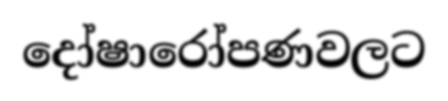
දෝෂාරෝපණවලට